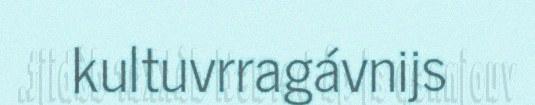
kultuvrragávnijs